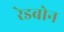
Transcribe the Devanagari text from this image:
रेडबोन